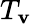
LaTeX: T_{\mathbf{v}}